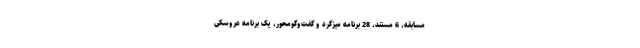
مسابقه، 6 مستند، 28 برنامه میزگرد و گفت‌وگومحور، یک برنامه عروسکی